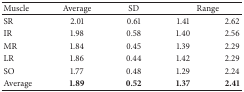
<table><thead><tr><td><b>Muscle</b></td><td><b>Average</b></td><td><b>SD</b></td><td colspan="2"><b>Range</b></td></tr></thead><tbody><tr><td>SR</td><td>2.01</td><td>0.61</td><td>1.41</td><td>2.62</td></tr><tr><td>IR</td><td>1.98</td><td>0.58</td><td>1.40</td><td>2.56</td></tr><tr><td>MR</td><td>1.84</td><td>0.45</td><td>1.39</td><td>2.29</td></tr><tr><td>LR</td><td>1.86</td><td>0.44</td><td>1.42</td><td>2.29</td></tr><tr><td>SO</td><td>1.77</td><td>0.48</td><td>1.29</td><td>2.24</td></tr><tr><td>Average</td><td><b>1.89</b></td><td><b>0.52</b></td><td><b>1.37</b></td><td><b>2.41</b></td></tr></tbody></table>